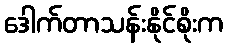
ဒေါက်တာသန်းနိုင်စိုးက